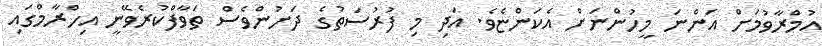
އުމްރާވުމަށް އަންނަ މީހުންނަށް އެކަންޏެވެ. އަދި މި ފުރުސަތުގެ ދަށުންވެސް ތަވާފްކުރެވޭނީ އިހްރާމްގައި